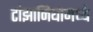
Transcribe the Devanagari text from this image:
टांझानियामध्ये